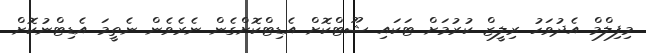
މިފިލްމް އެދުވަހު ރިލީޒް ކުރުމަށް ޓަކައި ޝޫޓްކޮށް އެޑިޓްކޮށްގެން ނެރެވެން ނެތީމަ އެޑިޓްނުކޮށް